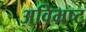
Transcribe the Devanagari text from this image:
अविभ्रष्ट